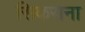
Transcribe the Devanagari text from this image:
सिकराना